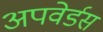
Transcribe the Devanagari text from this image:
अपवेर्डस